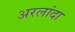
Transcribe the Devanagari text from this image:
अरलांदा